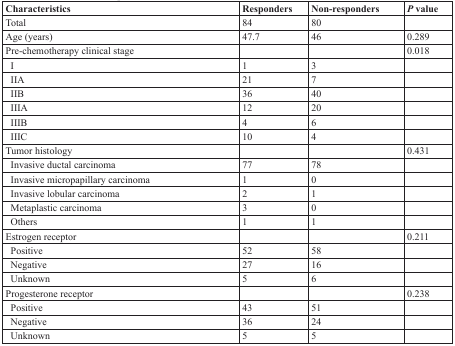
| Characteristics | Responders | Non-responders | P value |
 | --- | --- | --- | --- |
 | Total | 84 | 80 |  |
 | Age (years) | 47.7 | 46 | 0.289 |
 | Pre-chemotherapy clinical stage |  |  | 0.018 |
 | I | 1 | 3 |  |
 | IIA | 21 | 7 |  |
 | IIB | 36 | 40 |  |
 | IIIA | 12 | 20 |  |
 | IIIB | 4 | 6 |  |
 | IIIC | 10 | 4 |  |
 | Tumor histology |  |  | 0.431 |
 | Invasive ductal carcinoma | 77 | 78 |  |
 | Invasive micropapillary carcinoma | 1 | 0 |  |
 | Invasive lobular carcinoma | 2 | 1 |  |
 | Metaplastic carcinoma | 3 | 0 |  |
 | Others | 1 | 1 |  |
 | Estrogen receptor |  |  | 0.211 |
 | Positive | 52 | 58 |  |
 | Negative | 27 | 16 |  |
 | Unknown | 5 | 6 |  |
 | Progesterone receptor |  |  | 0.238 |
 | Positive | 43 | 51 |  |
 | Negative | 36 | 24 |  |
 | Unknown | 5 | 5 |  |